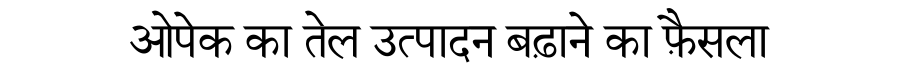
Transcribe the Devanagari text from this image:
ओपेक का तेल उत्पादन बढ़ाने का फ़ैसला